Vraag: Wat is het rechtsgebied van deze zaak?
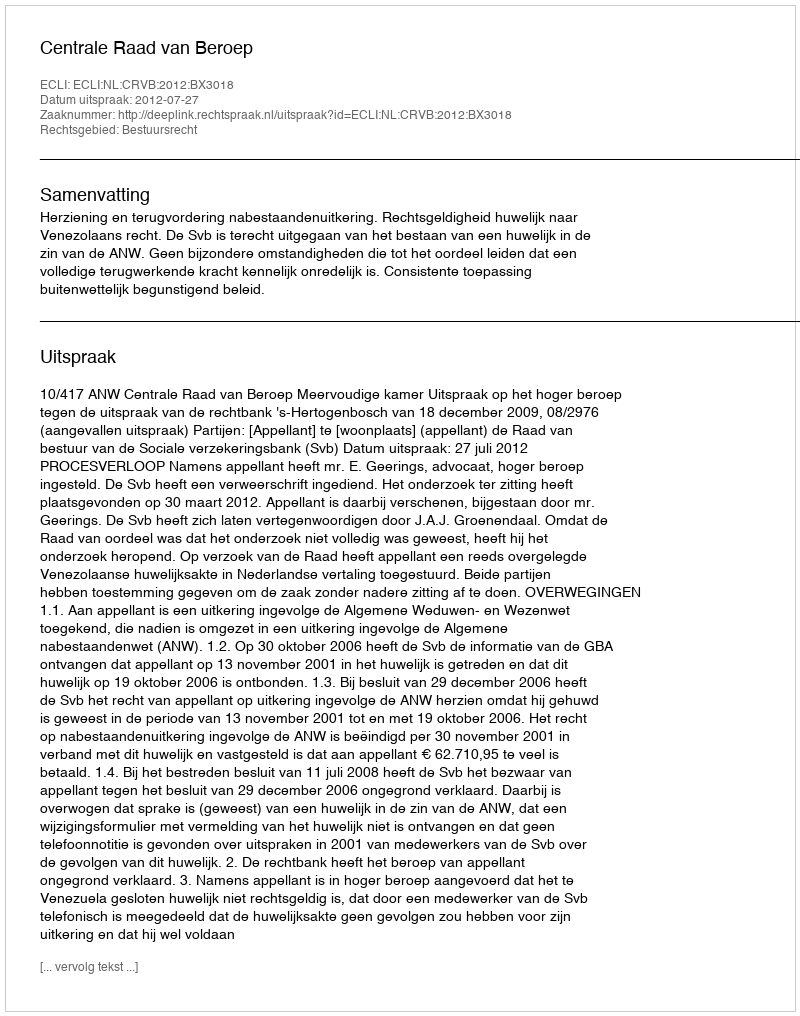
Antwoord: Bestuursrecht